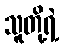
သူတို့ရဲ့